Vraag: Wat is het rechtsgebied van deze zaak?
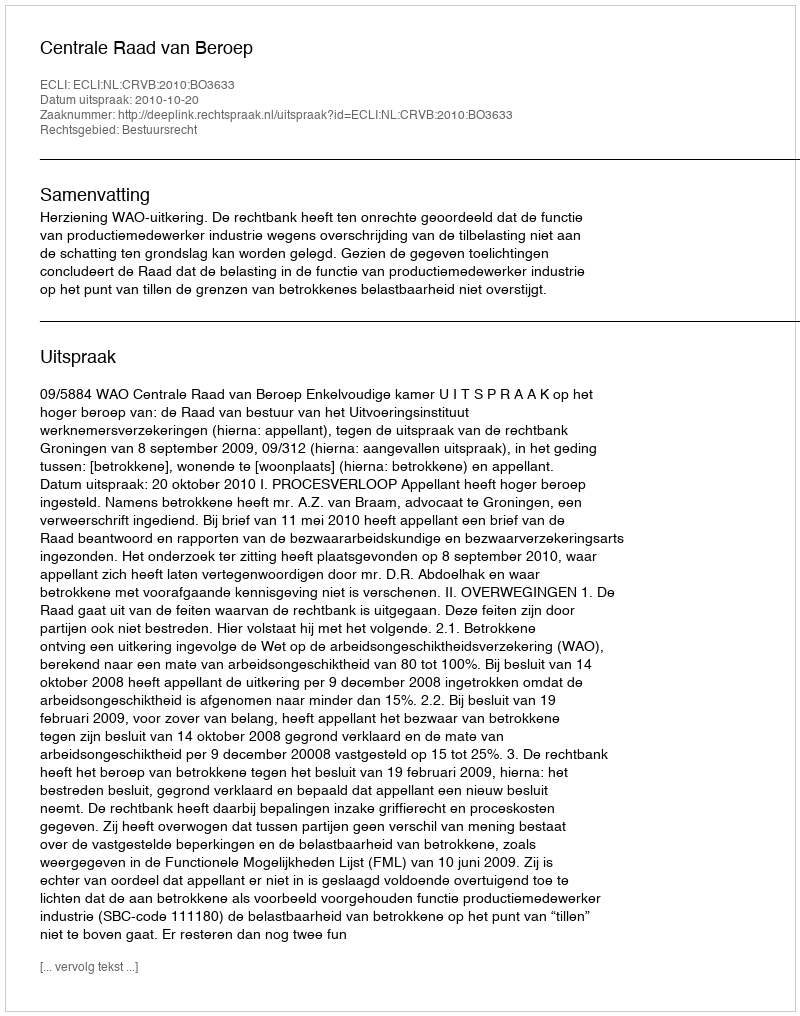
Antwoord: Bestuursrecht